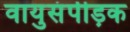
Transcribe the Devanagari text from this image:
वायुसंपीड़क